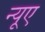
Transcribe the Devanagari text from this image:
न्‍यूए